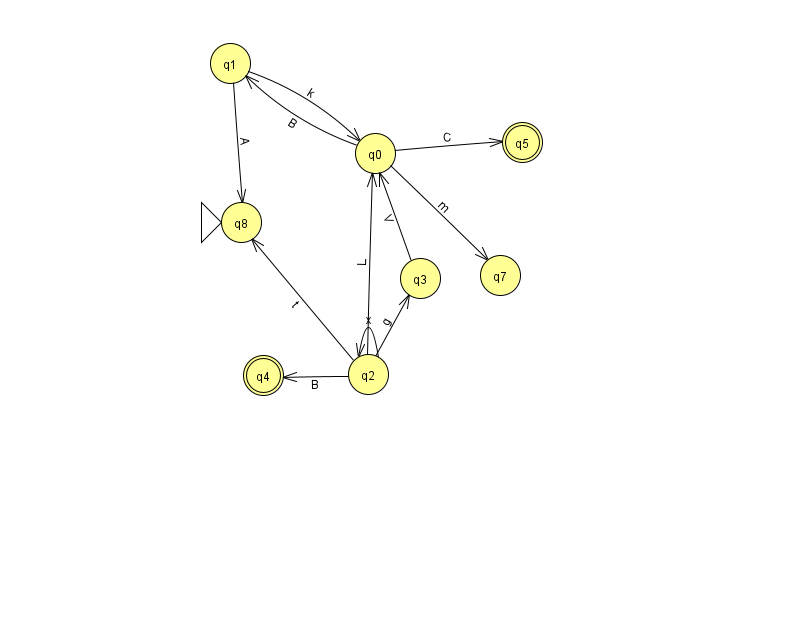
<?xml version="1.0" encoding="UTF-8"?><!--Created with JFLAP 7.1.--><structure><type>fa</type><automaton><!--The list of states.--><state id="0" name="q0"><x>375.0</x><y>140.0</y></state><state id="1" name="q1"><x>230.0</x><y>50.0</y></state><state id="2" name="q2"><x>368.0</x><y>361.0</y></state><state id="3" name="q3"><x>420.0</x><y>265.0</y></state><state id="4" name="q4"><x>263.0</x><y>362.0</y><final/></state><state id="5" name="q5"><x>522.0</x><y>129.0</y><final/></state><state id="7" name="q7"><x>500.0</x><y>262.0</y></state><state id="8" name="q8"><x>241.0</x><y>209.0</y><initial/></state><!--The list of transitions.--><transition><from>3</from><to>0</to><read>V</read></transition><transition><from>0</from><to>1</to><read>B</read></transition><transition><from>2</from><to>3</to><read>g</read></transition><transition><from>2</from><to>2</to><read>x</read></transition><transition><from>2</from><to>8</to><read>t</read></transition><transition><from>2</from><to>0</to><read>L</read></transition><transition><from>1</from><to>8</to><read>A</read></transition><transition><from>0</from><to>5</to><read>C</read></transition><transition><from>0</from><to>7</to><read>m</read></transition><transition><from>1</from><to>0</to><read>k</read></transition><transition><from>2</from><to>4</to><read>B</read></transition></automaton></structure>